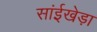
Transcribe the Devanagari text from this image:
सांईखेड़ा